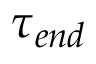
\tau _ { e n d }